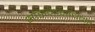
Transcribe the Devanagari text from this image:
भांडागाराधिपति